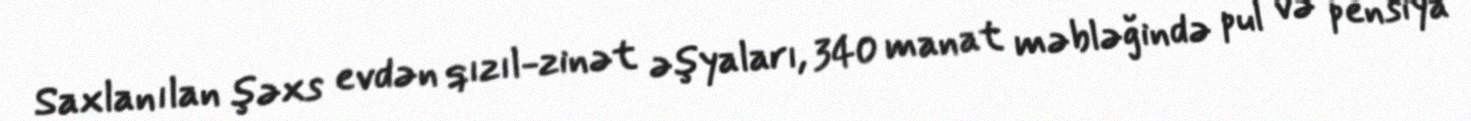
Saxlanılan şəxs evdən qızıl-zinət əşyaları, 340 manat məbləğində pul və pensiya